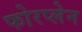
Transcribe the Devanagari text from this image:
फोरप्लेन